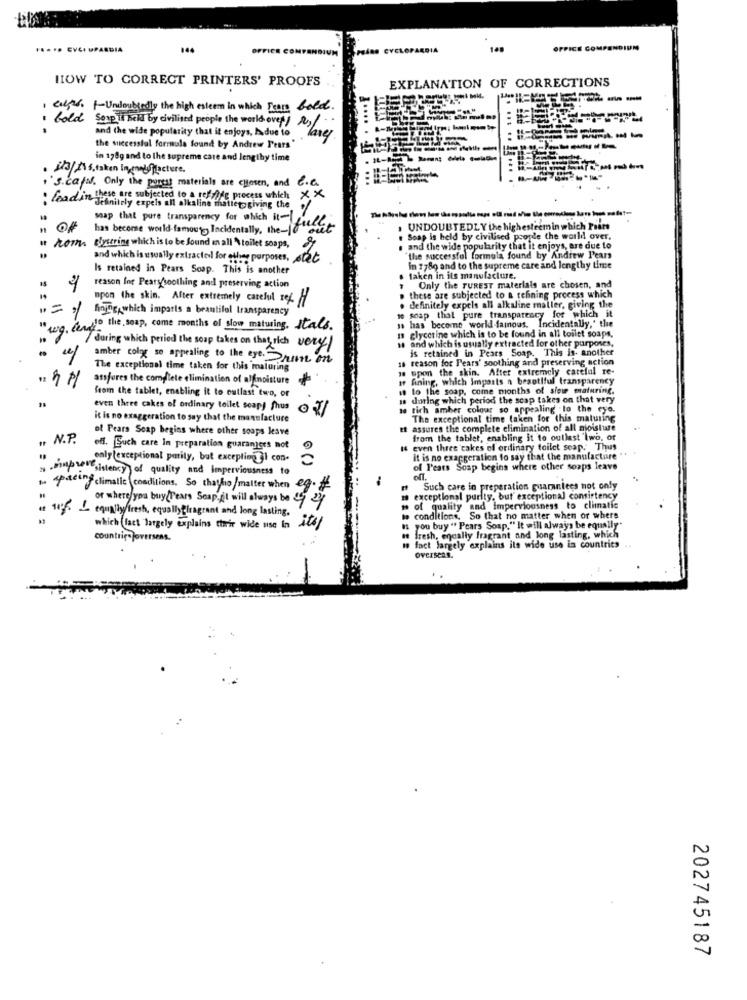
..... EVCI UPASDIA
OFFICE Ce
gins CYCLOPAEDIA
OFFICE COMPENDIUM
HOW TO CORRECT PRINTERS' PROOFS
EXPLANATION OF CORRECTIONS
calle. 1-Undoubtedly the high esteem in which Fears bold.
Gold Serpi held by civilised people the world over/ A
..
and the wide popularity that it enjoys, Adue to
the successful formula found by Andrew Pears"
in 178g and to the supreme care and lengthy time
. IL-AC
23/115,taken In may/facture.
-----
.s. cafM. Only the porest materials are chosen, and 6.C.
lead in these are subjected to a reffiye process which XX
...
definitely expels all alkaline thatlet giving the
ssap that pure transparency for which it-1
has become world-famous Incidentally, the-"but
UNDOUBTEDLY the highesteemin which Prats
Soap is held by civilised poorde the world over.
it nom. elyttring which is to be found mall \ toilet soaps,
s and the wide popularity that it enjoys, are due to
and which is usually extracted for other purposes, stet
"the successful formula found by Andrew Pears
Is retained in Pears Soap. This is another
in 7780 and to the supreme care and lengthy time
taken in its manufacture.
15
reason for Peary soothing and preserving action
Only the TUREST materials are chosen, and
upon the skin. After extremely careful sk
these are subjected to a refining process which
Aning which imparts a beautiful transparency
soap that pure transparency for which it
definitely expels all alkaline maller, giving the
has become world-famous. Incidentally,' the
"wg. Cenk1" the soap, come months of slow maturing. Itals.
/ during which period the soap takes on that rich very
glycerine which is to be found in all toilet soaps,
and which is usually extracted for other purposes.
is retained in Pears Soap. This is. another
amber color so appealing to the eye. Print on
reason for Fears' soothing and preserving action
The exceptional time taken for this maluring
upon the skin. After extremely careful
. 9 M
ansfores the complete elimination of alfimoisture
Aning, which Imparts a beautiful transparency
from the tablet, enabling it to outlast two, or
to the soap, come months of slow maturing.
during which period the scap takes on that very
even three cakes of ordinary toilet soapj fhus 7/
tich amber colour so appealing to the eye.
it is no exaggeration to say that the manufacture
The exceptional time (aken for this maturing
of Pears Soap begins where other soups leave
tt assures the complete elimination of all moisture
. N.P.
from the tablet, enabling it to outlast 'Iwo, or
off. Euch care In preparation guarantees not
I even three cakes of ordinary toilet seap. Thus
only (exceptional parity, but excepting jl con. ~
01
It is no exaggeration to say that the manufacture "
,mupiersistency of quality and imperviousness to
of l'ears Soap begins where other soaps leave
spacing climatic conditions. So thayho/malter when eg.
Such care in preparation guarantees not only
of where you buy(Pears Seap. it will always be 5 24
exceptional purity, but exceptional consistency
auf. I equaly/fresh, equallyfragrant and long lasting.
m of quality and Imperviousness to climatic
conditions, So that no matter when or where
which fact largely explains their wide use In its/
is you buy " Pears Soap." It will always be equally"
countries joverseas.
# fresh, encally fragrant and long lasting, which
fact largely explains its wide use in countries
Overseas.
202745187